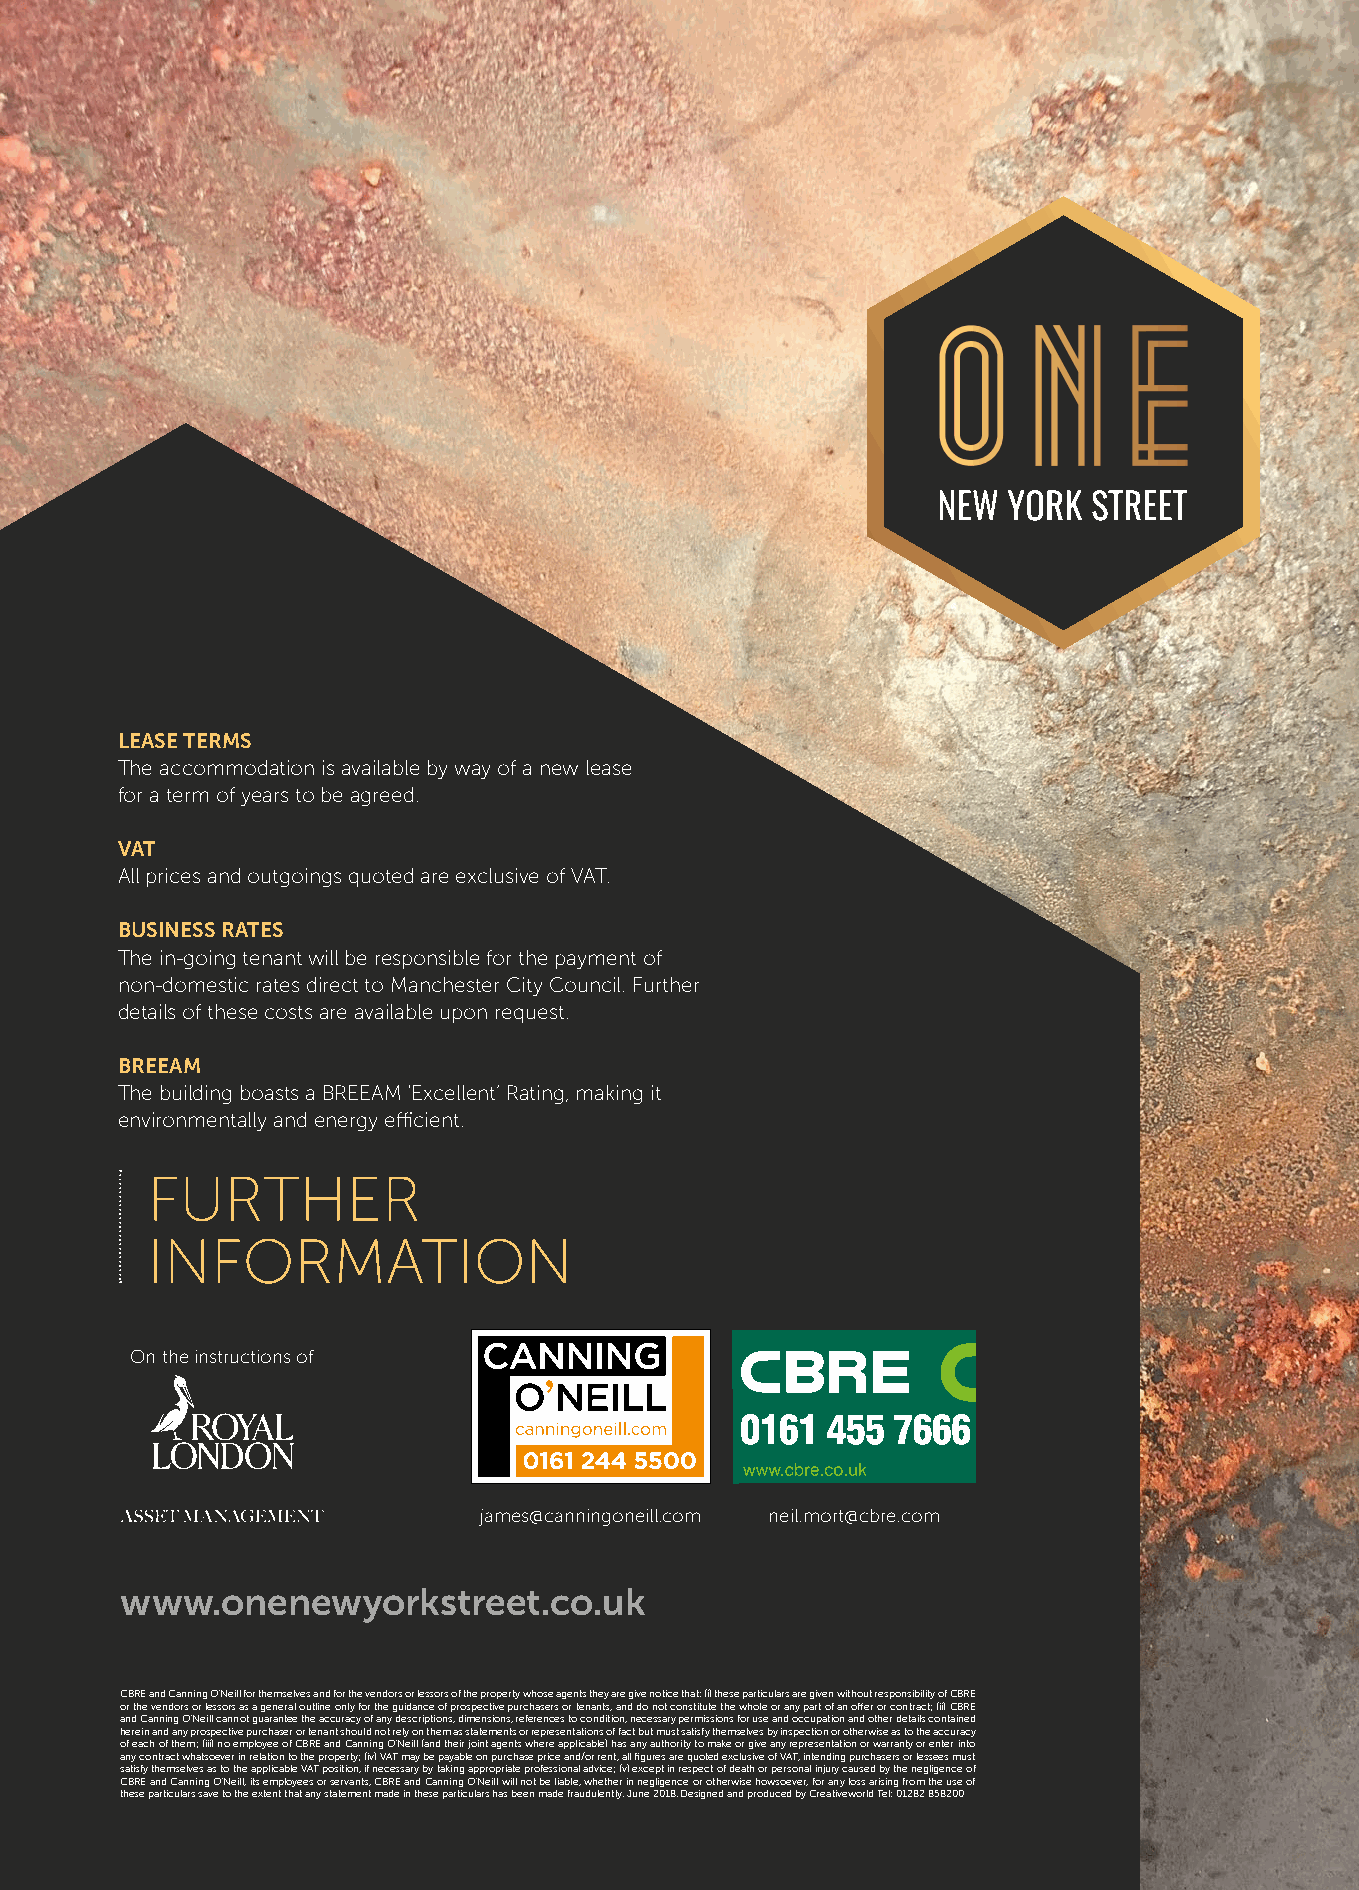
LEASE TERMS
 The accommodation is available by way of a new lease
 for a term of years to be agreed.
 VAT
 All prices and outgoings quoted are exclusive of VAT.
 BUSINESS RATES
 The in-going tenant will be responsible for the payment of
 non-domestic rates direct to Manchester City Council. Further
 details of these costs are available upon request.
 BREEAM
 The building boasts a BREEAM ‘Excellent’ Rating, making it
 environmentally and energy efficient.
 FURTHER
 INFORMATION
 On the instructions of
 james@canningoneill.com neil.mort@cbre.com
 www.onenewyorkstreet.co.uk
 CBRE and Canning O’Neill for themselves and for the vendors or lessors of the property whose agents they are give notice that: (i) these particulars are given without responsibility of CBRE
 or the vendors or lessors as a general outline only for the guidance of prospective purchasers or tenants, and do not constitute the whole or any part of an offer or contract; (ii) CBRE
 and Canning O’Neill cannot guarantee the accuracy of any descriptions, dimensions, references to condition, necessary permissions for use and occupation and other details contained
 herein and any prospective purchaser or tenant should not rely on them as statements or representations of fact but must satisfy themselves by inspection or otherwise as to the accuracy
 of each of them; (iii) no employee of CBRE and Canning O’Neill (and their joint agents where applicable) has any authority to make or give any representation or warranty or enter into
 any contract whatsoever in relation to the property; (iv) VAT may be payable on purchase price and/or rent, all figures are quoted exclusive of VAT, intending purchasers or lessees must
 satisfy themselves as to the applicable VAT position, if necessary by taking appropriate professional advice; (v) except in respect of death or personal injury caused by the negligence of
 CBRE and Canning O’Neill, its employees or servants, CBRE and Canning O’Neill will not be liable, whether in negligence or otherwise howsoever, for any loss arising from the use of
 these particulars save to the extent that any statement made in these particulars has been made fraudulently. June 2018. Designed and produced by Creativeworld Tel: 01282 858200